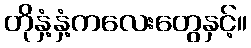
တိုနှံ့နှံ့ကလေးတွေနှင့်။